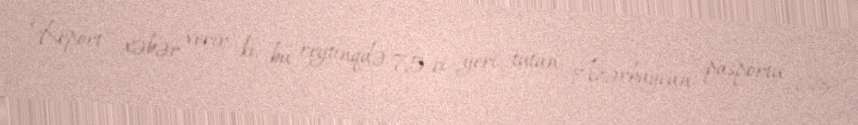
Report" xəbər verir ki, bu reytinqdə 75-ci yeri tutan Azərbaycan pasportu 63